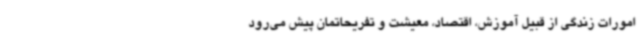
امورات زندگی از قبیل آموزش، اقتصاد، معیشت و تفریحاتمان پیش می‌رود